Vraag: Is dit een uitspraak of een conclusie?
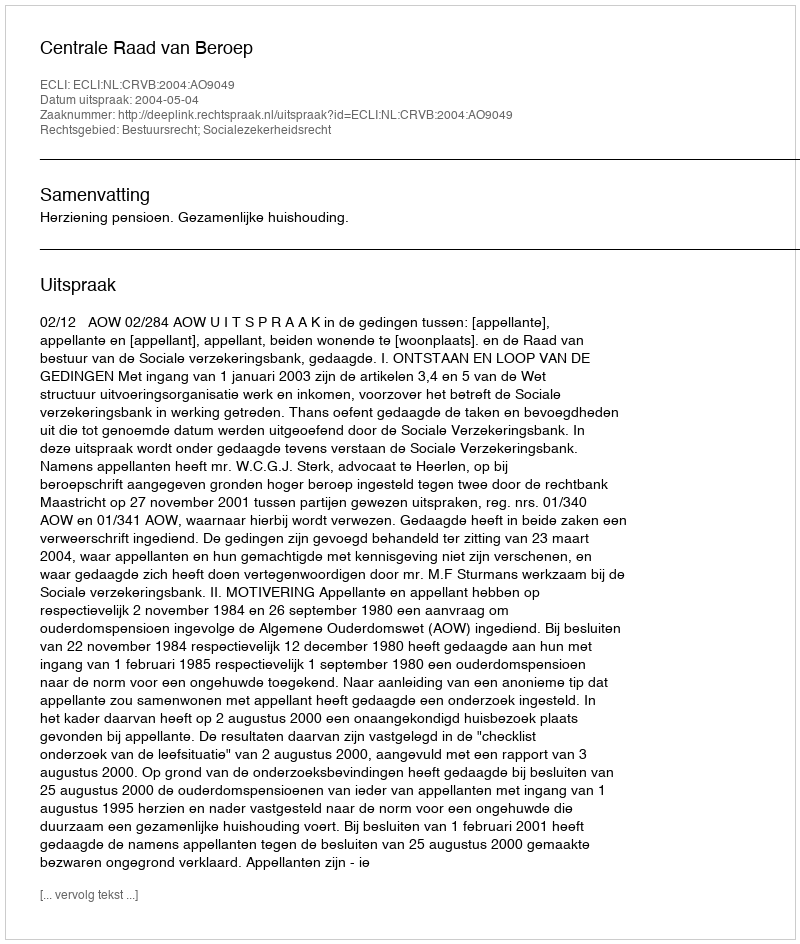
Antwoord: Uitspraak